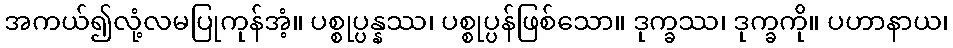
အကယ်၍လုံ့လမပြုကုန်အံ့။ ပစ္စုပ္ပန္နဿ၊ ပစ္စုပ္ပန်ဖြစ်သော။ ဒုက္ခဿ၊ ဒုက္ခကို။ ပဟာနာယ၊